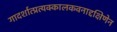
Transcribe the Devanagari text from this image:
गादर्शात्प्रत्यक्कालकवनाद्दक्षिणेन